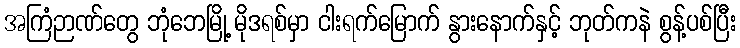
အကြံဉာဏ်တွေ ဘုံဘေမြို့ မိုဒရစ်မှာ ငါးရက်မြောက် နွားနောက်နှင့် ဘုတ်ကနဲ စွန့်ပစ်ပြီး